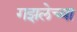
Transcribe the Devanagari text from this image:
गझलेच्या